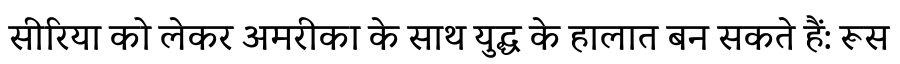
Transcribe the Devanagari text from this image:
सीरिया को लेकर अमरीका के साथ युद्ध के हालात बन सकते हैं: रूस